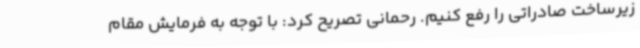
زیرساخت صادراتی را رفع کنیم. رحمانی تصریح کرد: با توجه به فرمایش مقام